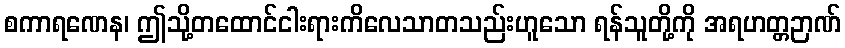
စကာရဏေန၊ ဤသို့တထောင်ငါးရားကိလေသာတသည်းဟူသော ရန်သူတို့ကို အရဟတ္တဉာဏ်